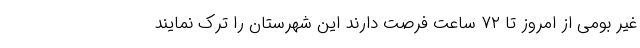
غیر بومی از امروز تا ۷۲ ساعت فرصت دارند این شهرستان را ترک نمایند